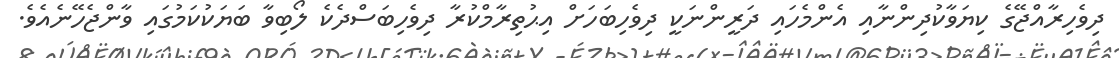
ދިވެހިރާއްޖޭގެ ކިޔަވާކުދިންނާއި އެންމެހައި ދަރީންނަކީ ދިވެހިބަހަށް އިޙުތިރާމްކުރާ ދިވެހިބަސްދެކެ ލޯބިވާ ބަޔަކުކަމުގައި ވާންޖެހޭނެއެވެ.